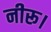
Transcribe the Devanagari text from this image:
नीरू।